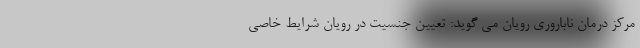
مرکز درمان ناباروری رویان می گوید: تعیین جنسیت در رویان شرایط خاصی